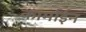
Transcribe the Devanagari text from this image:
कार्माईन